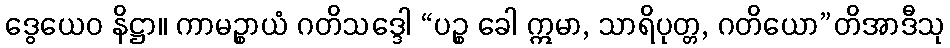
ဒွေယေဝ နိဋ္ဌာ။ ကာမဉ္စာယံ ဂတိသဒ္ဒေါ “ပဉ္စ ခေါ ဣမာ, သာရိပုတ္တ, ဂတိယော”တိအာဒီသု